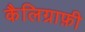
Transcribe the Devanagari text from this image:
कैलिग्राफ़ी